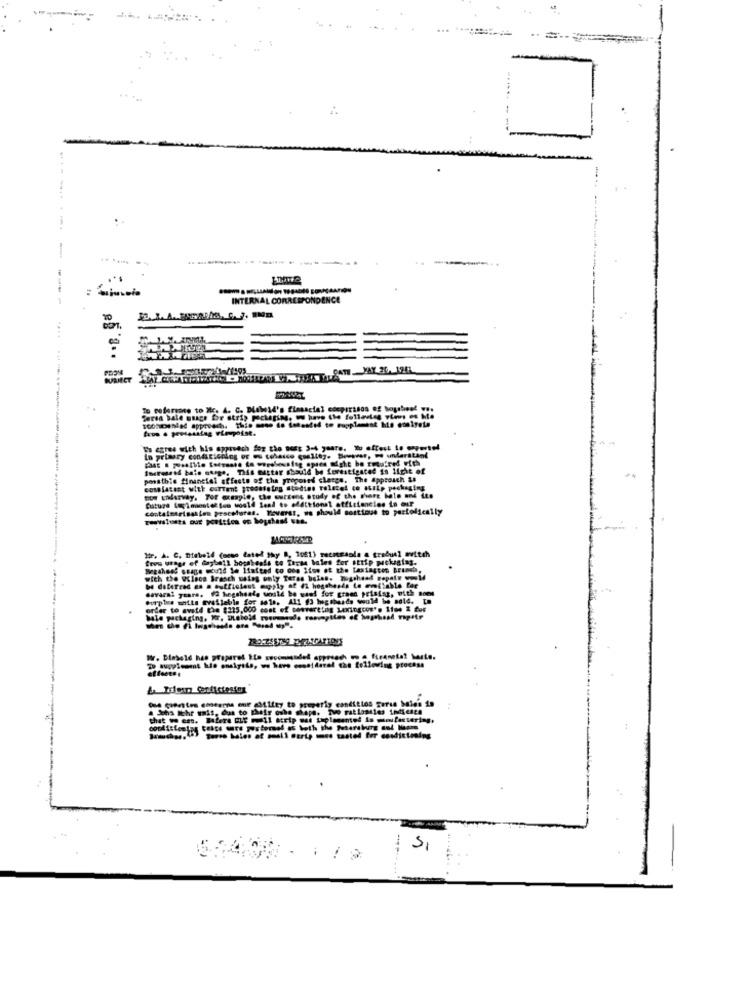
..
.. ........
INTERNAL CORRESPONDENCE
SATHYAY 30. 1241
To poferiace to Mic. 4. C. Diebold's financial cocprrisos of hopsbest w ..
Es agree with his approach for the nos 3-4 years. to oftest to overtel
Soaresned bale ouage, This matter should be fevestigated is light of
ponsthis financial affecte of the proposed charge. The approach is
cosalatast with current groosteing studies roletel co atrip packaging
now underway. For example, the current study of the shore balo and its
future Lepleunstet Son would lead to additional efficiencies in our
containerisanten pesceturas. Tovaras, we should sortioue to partofically
Twovslusts our position on boschasd was.
Hr. A. C. Diebold (oeso dated thy B, 1061) recessola a gradual switch
fres utage of daybell bosabends to Teras lales for attip pickegias.
Betahess ssage would le limited co ome Itos of the lastigcon brunch,
with the Wolnoa Branch uales only Teras boles. nogeheof nepoty old
Gavaral years. 12 hegshealy unild be want for grand prising, with Bons
order to avoid the $315.000 cost of converting Lexingcos's 1104 & for
wr. Diebold has prepared to secomended approach on a ficaneta? haste.
a Shs Ichr uais, dus to phefy oshe shape. Twe ratlostles indicata
that w est. Flera OLE =11 scrip med tuplemented is moitensering,
-